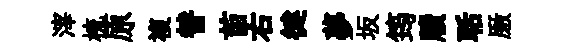
滓梳原複替苗右徤夢坂筠牘聒厫